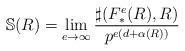
LaTeX: \begin{align*} \mathbb{S}(R)=\lim_{e\rightarrow \infty} \frac{\sharp (F_*^e(R),R)}{p^{e(d+\alpha (R))}}\end{align*}